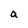
Character: a